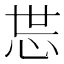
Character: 𱞉